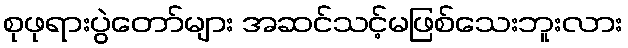
စုဖုရားပွဲတော်များ အဆင်သင့်မဖြစ်သေးဘူးလား